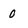
Character: 0